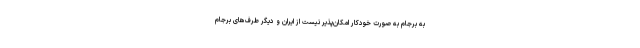
به برجام به صورت خودکار امکان‌پذیر نیست از ایران و دیگر‌ طرف‌های برجام